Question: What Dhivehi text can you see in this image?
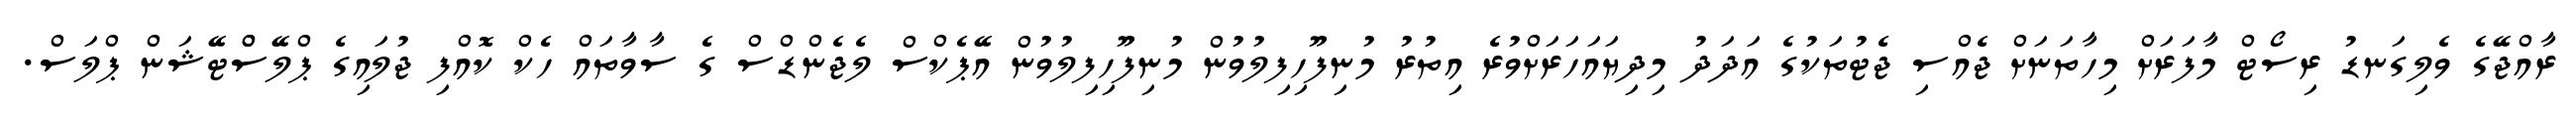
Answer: ރާއްޖޭގެ ވެލިގަނޑު ރިސޯޓް މާފަރަށް މިހާތަނަށް ޖެއްސި ޖެޓުތަކުގެ އަދަދު މިދިޔައަހަރަށްވުރެ އިތުރު މުނިފޫހިފިލުވުން މުނިފޫހިފިލުވުން އޭޕެކްސް ލެޖެންޑްސް ގެ ސާވާތައް ހެކް ކޮއްފި ޖުލައިގެ ޕްލޭސްްޓޭޝަން ޕްލަސް.